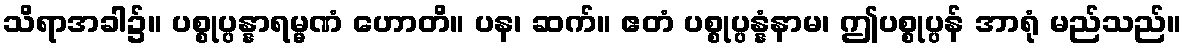
သိရာအခါ၌။ ပစ္စုပ္ပန္နာရမ္မဏံ ဟောတိ။ ပန၊ ဆက်။ ဧတံ ပစ္စုပ္ပန္နံနာမ၊ ဤပစ္စုပ္ပန် အာရုံ မည်သည်။